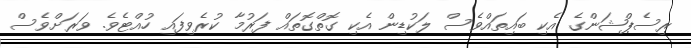
ރިސެޕްޝަންގެ އެކި ބައިތައްވެސް ލަކުޑިން އެކި ގޮތްގޮތައް ފަރުމާ ކުރެވިފައި ހުއްޓެވެ. ވަރަށްވެސް